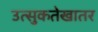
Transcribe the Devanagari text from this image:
उत्सुकतेखातर